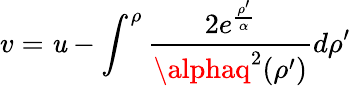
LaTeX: v=\mathit{u}-\int_{}^{\rho}{\frac{{2e^{\frac{{\rho^{\prime}}}{{\alpha}}}}}{{\alphaq^{2}(\rho^{\prime})}}}d\rho^{\prime}